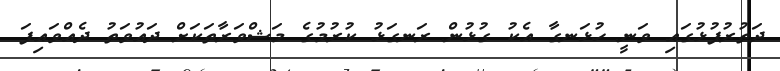
ދަތުރުފުޅުގައި ވަނީ ހުޅަނގާ އެކު ގުޅުން ރަނގަޅު ކުރުމުގެ މަޝްވަރާތަކަށް ދައުވަތު ދެއްވައިފަ